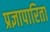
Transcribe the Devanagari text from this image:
प्रज्ञापारिता